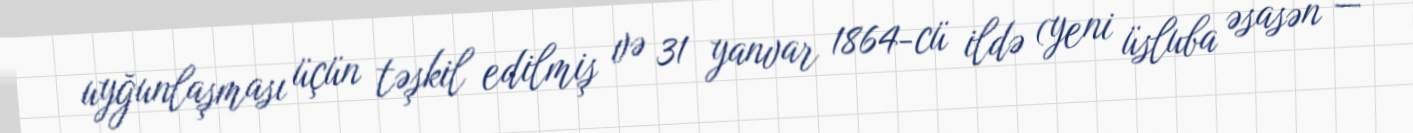
uyğunlaşması üçün təşkil edilmiş və 31 yanvar 1864-cü ildə (yeni üsluba əsasən —